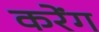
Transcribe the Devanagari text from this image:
करेंग